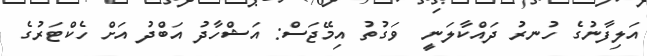
އަލިފާނުގެ ހުނރު ދައްކާލަނީ  ވަގުތު އިމޭޖަސް: އަޝްހާދު އަބްދު އަށް ހެކްޓަރުގެ